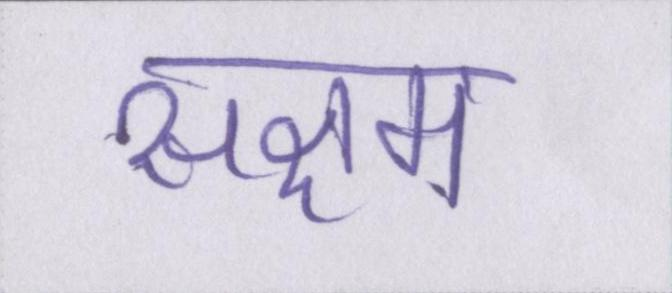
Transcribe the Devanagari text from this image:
सक्षम